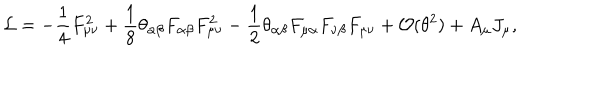
{ \cal L } = - \frac 1 4 F _ { \mu \nu } ^ { 2 } + \frac 1 8 \theta _ { \alpha \beta } F _ { \alpha \beta } F _ { \mu \nu } ^ { 2 } - \frac 1 2 \theta _ { \alpha \beta } F _ { \mu \alpha } F _ { \nu \beta } F _ { \mu \nu } + { \cal O } ( \theta ^ { 2 } ) + A _ { \mu } J _ { \mu } ,